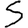
Digit: 5